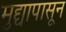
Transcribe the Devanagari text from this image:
मुद्द्यापासून